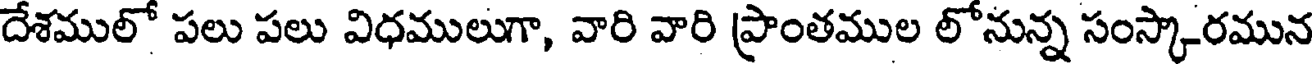
దేశములో పలు పలు విధములుగా, వారి వారి ప్రాంతముల లోనున్న సంస్కారమున